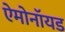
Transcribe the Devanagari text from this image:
ऐमोनॉयड